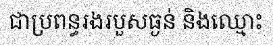
ជាប្រពន្ធរងរបួសធ្ងន់ និងឈ្មោះ